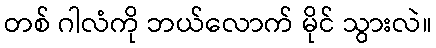
တစ် ဂါလံကို ဘယ်လောက် မိုင် သွားလဲ။